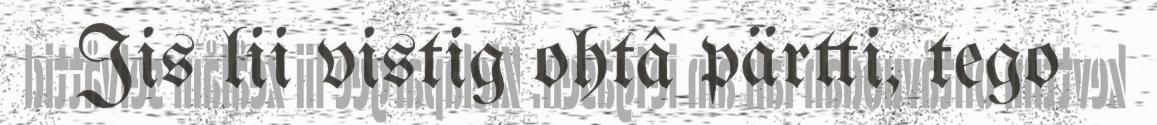
Jis lii vistig ohtâ pärtti, tego